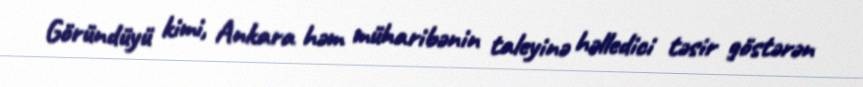
Göründüyü kimi, Ankara həm müharibənin taleyinə həlledici təsir göstərən